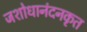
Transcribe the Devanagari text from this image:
जशोधानंदनकृत